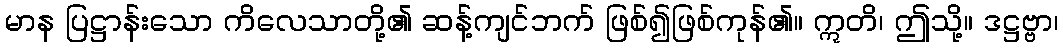
မာန ပြဋ္ဌာန်းသော ကိလေသာတို့၏ ဆန့်ကျင်ဘက် ဖြစ်၍ဖြစ်ကုန်၏။ ဣတိ၊ ဤသို့။ ဒဋ္ဌဗ္ဗာ၊